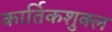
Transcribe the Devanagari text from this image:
कार्तिकशुक्ल